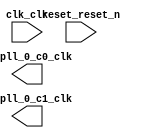

module rsa_qsys (
	clk_clk,
	reset_reset_n,
	altpll_0_c0_clk,
	altpll_0_c1_clk);	

	input		clk_clk;
	input		reset_reset_n;
	output		altpll_0_c0_clk;
	output		altpll_0_c1_clk;
endmodule